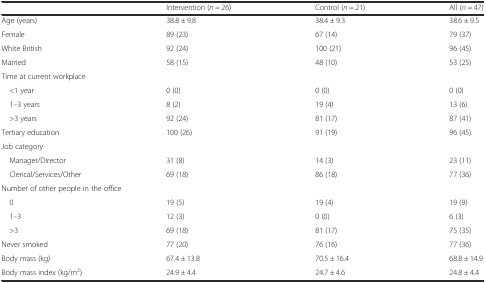
|  | Intervention (n = 26) | Control (n = 21) | All (n = 47) |
 | --- | --- | --- | --- |
 | Age (years) | 38.8 ± 9.8 | 38.4 ± 9.3 | 38.6 ± 9.5 |
 | Female | 89 (23) | 67 (14) | 79 (37) |
 | White British | 92 (24) | 100 (21) | 96 (45) |
 | Married | 58 (15) | 48 (10) | 53 (25) |
 | <COLSPAN=4> Time at current workplace |
 | <1 year | 0 (0) | 0 (0) | 0 (0) |
 | 1–3 years | 8 (2) | 19 (4) | 13 (6) |
 | >3 years | 92 (24) | 81 (17) | 87 (41) |
 | Tertiary education | 100 (26) | 91 (19) | 96 (45) |
 | <COLSPAN=4> Job category |
 | Manager/Director | 31 (8) | 14 (3) | 23 (11) |
 | Clerical/Services/Other | 69 (18) | 86 (18) | 77 (36) |
 | <COLSPAN=4> Number of other people in the office |
 | 0 | 19 (5) | 19 (4) | 19 (9) |
 | 1–3 | 12 (3) | 0 (0) | 6 (3) |
 | >3 | 69 (18) | 81 (17) | 75 (35) |
 | Never smoked | 77 (20) | 76 (16) | 77 (36) |
 | Body mass (kg) | 67.4 ± 13.8 | 70.5 ± 16.4 | 68.8 ± 14.9 |
 | Body mass index (kg/m2) | 24.9 ± 4.4 | 24.7 ± 4.6 | 24.8 ± 4.4 |